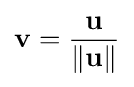
\mathbf {v} ={\frac {\mathbf {u} }{\|\mathbf {u} \|}}